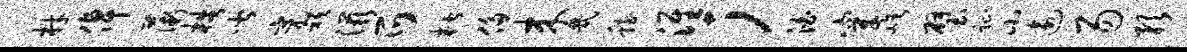
材倬薇梏皆亮只滋爪楷侈来几稳淮；泊穿屹璧趾小逾易预